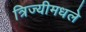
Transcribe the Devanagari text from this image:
त्रिज्यीमधले